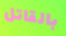
بالقاتل